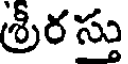
శ్రీర స్తు